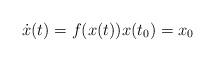
LaTeX: \begin{align*} \dot{x}(t) = f(x(t)) x(t_0) = x_0\end{align*}